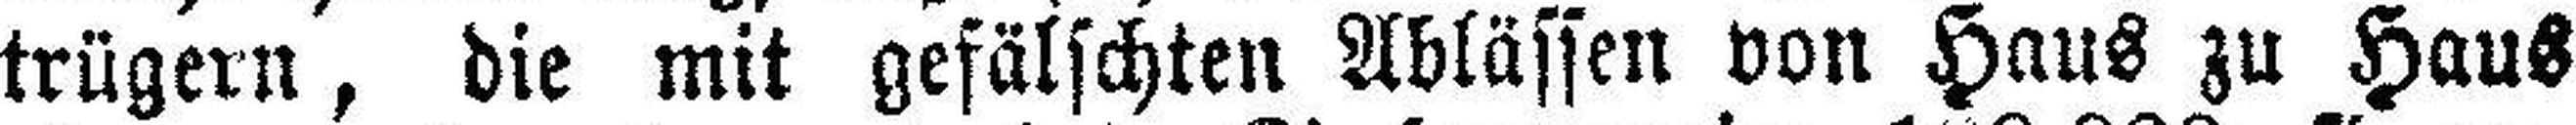
trügern, die mit gefälschten Ablässen von Haus zu Haus